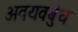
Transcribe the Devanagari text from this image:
अवयवबुंध